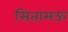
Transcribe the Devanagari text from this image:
सितामऊ